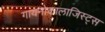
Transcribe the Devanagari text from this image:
गायनोकालाजिस्ट्स